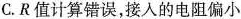
C.R值计算错误，接入的电阻偏小